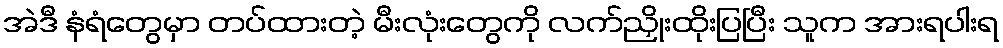
အဲဒီ နံရံတွေမှာ တပ်ထားတဲ့ မီးလုံးတွေကို လက်ညှိုးထိုးပြပြီး သူက အားရပါးရ